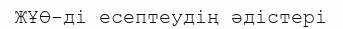
ЖҰӨ-ді есептеудің әдістері